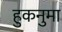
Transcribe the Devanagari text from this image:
हुकनुमा